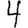
Digit: 4